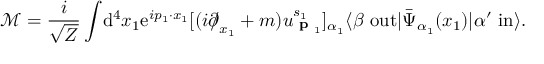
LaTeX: { \mathcal { M } } = { \frac { i } { \sqrt { Z } } } \int \! \mathrm { d } ^ { 4 } x _ { 1 } \mathrm { e } ^ { i p _ { 1 } \cdot x _ { 1 } } [ ( i { \partial \! \! \! / } _ { x _ { 1 } } + m ) u _ { { \textbf { p } } _ { 1 } } ^ { s _ { 1 } } ] _ { \alpha _ { 1 } } \langle \beta \ \mathrm { o u t } | { \bar { \Psi } } _ { \alpha _ { 1 } } ( x _ { 1 } ) | \alpha ^ { \prime } \ \mathrm { i n } \rangle .